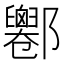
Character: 𨟦